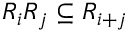
R _ { i } R _ { j } \subseteq R _ { i + j }